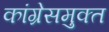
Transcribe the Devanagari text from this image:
कांग्रेसमुक्त